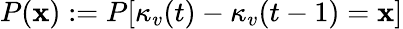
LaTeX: P(\mathbf{x}):=P[\kappa_{v}(t)-\kappa_{v}(t-1)=\mathbf{x}]